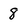
Character: 8